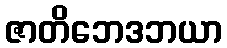
ဇာတိဘေဒဘယာ